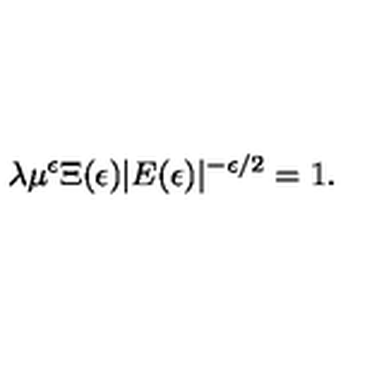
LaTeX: \lambda \mu ^ { \epsilon } \Xi ( \epsilon ) | E ( \epsilon ) | ^ { - \epsilon / 2 } = 1 .